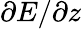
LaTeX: \partial E/\partial z